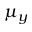
\mu _ { y }